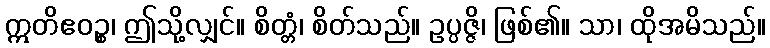
ဣတိဧဝဉ္စ၊ ဤသို့လျှင်။ စိတ္တံ၊ စိတ်သည်။ ဥပ္ပဇ္ဇိ၊ ဖြစ်၏။ သာ၊ ထိုအမိသည်။